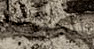
المجموعة